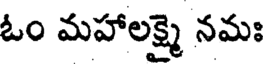
ఓం మహాలక్ష్మై నమః